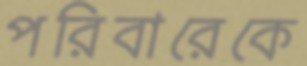
পরিবারেকে